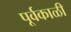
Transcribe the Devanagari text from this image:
पूर्वकाळी